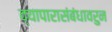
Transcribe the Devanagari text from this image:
व्यापारासंबंधावरुन